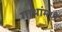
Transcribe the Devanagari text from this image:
गाथांमध्ये